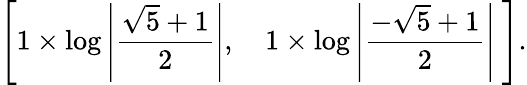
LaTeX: \left[1\times\log\left|{\frac{{\sqrt{5}}+1}{2}}\right|,\quad 1\times\log\left|{\frac{-{\sqrt{5}}+1}{2}}\right|\ \right].